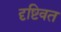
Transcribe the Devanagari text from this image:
दृष्टिवत